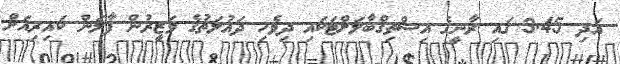
އަދި 3.45 ގައި ރާނީގެ އިސްތިޤްބާލަށްޓަކައި ދިވެހި ދައުލަތުގެ ވަޒީރުން ފާލަން ކައިރިއަށް